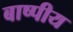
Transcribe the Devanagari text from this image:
बाष्पीय